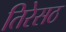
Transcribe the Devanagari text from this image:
तिरेसठ